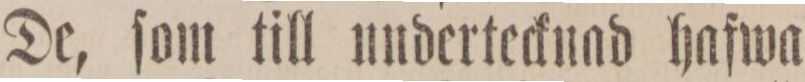
De, ſom till undertecknad hafwa